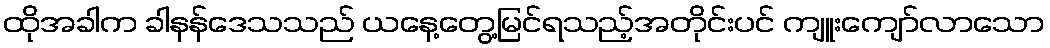
ထိုအခါက ခါနန်ဒေသသည် ယနေ့တွေ့မြင်ရသည့်အတိုင်းပင် ကျူးကျော်လာသော